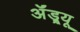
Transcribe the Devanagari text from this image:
ॲंड्र्यू